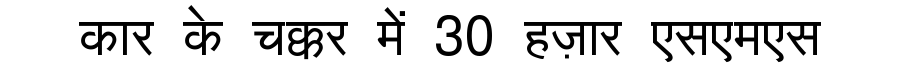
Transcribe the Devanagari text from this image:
कार के चक्कर में 30 हज़ार एसएमएस